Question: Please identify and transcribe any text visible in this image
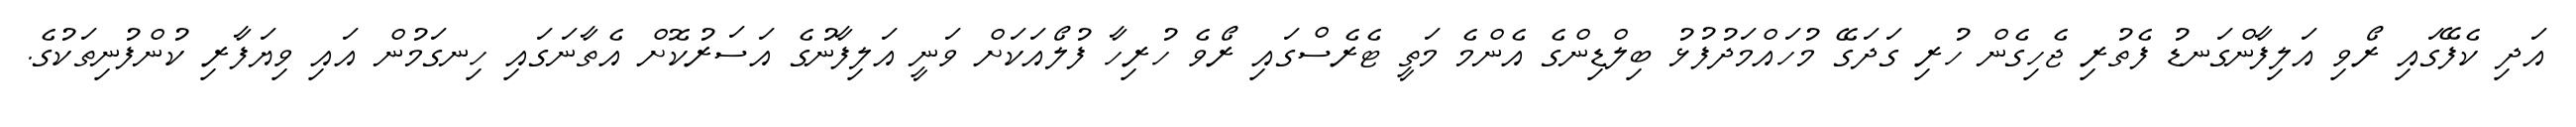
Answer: އަދި ކެފޭގައި ރޯވި އަލިފާންގަނޑު ފެތުރި ޖެހިގެން ހުރި ގަދަގޭ މުހައްމަދުފުޅު ބިލްޑިންގެ އެންމެ މަތީ ޓެރެސްގައި ރޯވެ ހުރިހާ ފުލޯއަކަށް ވަނީ އަލިފާނުގެ އަސަރުކޮށް އެތާނަގައި ހިނގަމުން އައި ވިޔަފާރި ކުންފުނިތަކުގެ.